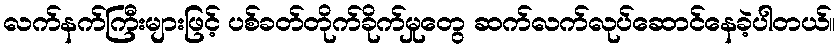
လက်နက်ကြီးများဖြင့် ပစ်ခတ်တိုက်ခိုက်မှုတွေ ဆက်လက်လုပ်ဆောင်နေခဲ့ပါတယ်။